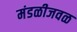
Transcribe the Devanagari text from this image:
मंडळीजवळ